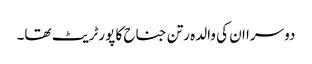
دوسرا ان کی والدہ رتن جناح کا پورٹریٹ تھا۔